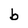
Character: b